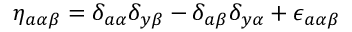
\eta _ { a \alpha \beta } = \delta _ { a \alpha } \delta _ { y \beta } - \delta _ { a \beta } \delta _ { y \alpha } + \epsilon _ { a \alpha \beta }